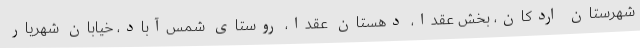
شهرستان اردکان، بخش عقدا، دهستان عقدا، روستای شمس‌آباد، خیابان شهریار